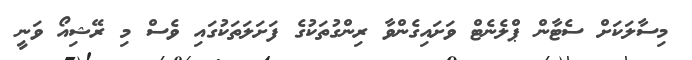
މިސާލަކަށް ސެޓާން ޕްލެނެޓް ވަށައިގެންވާ ރިންގުތަކުގެ ފަށަލަތަކުގައި ވެސް މި ރޭޝިއޯ ވަނީ